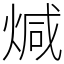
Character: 煘